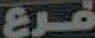
فرع